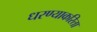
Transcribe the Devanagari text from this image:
धरण्याकरिता